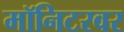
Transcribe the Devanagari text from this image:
मॉनिटरवर